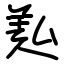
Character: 㕗